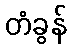
တံခွန်